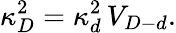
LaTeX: \kappa_{D}^{2}=\kappa_{d}^{2}\, V_{D-d}.